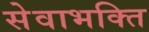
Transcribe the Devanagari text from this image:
सेवाभक्ति